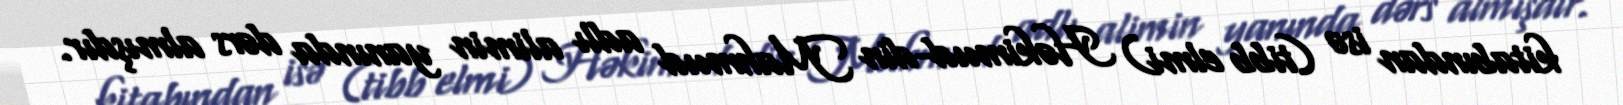
kitabından isə (tibb elmi) Həkimud-din Mahmud adlı alimin yanında dərs almışdır.